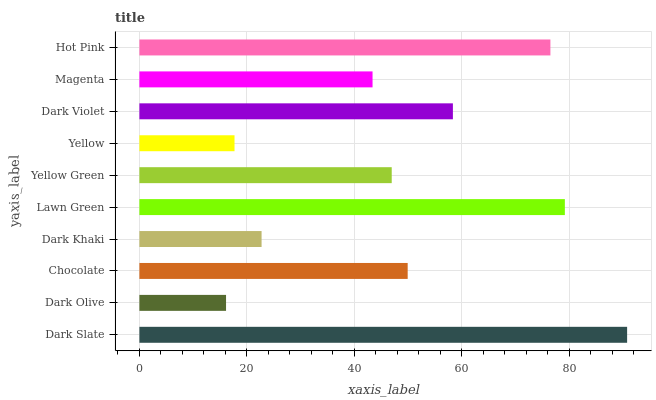
| yaxis_label | bars |
 | --- | --- |
 | Dark Slate | 90.7 |
 | Dark Olive | 16.1 |
 | Chocolate | 49.9 |
 | Dark Khaki | 22.7 |
 | Lawn Green | 79.1 |
 | Yellow Green | 46.9 |
 | Yellow | 17.7 |
 | Dark Violet | 58.3 |
 | Magenta | 43.4 |
 | Hot Pink | 76.5 |